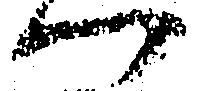
つ